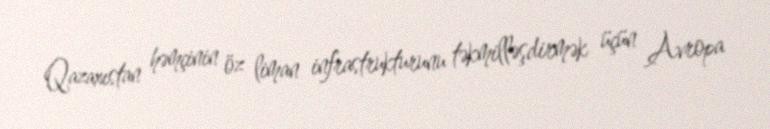
Qazaxıstan həmçinin öz liman infrastrukturunu təkmilləşdirmək üçün Avropa